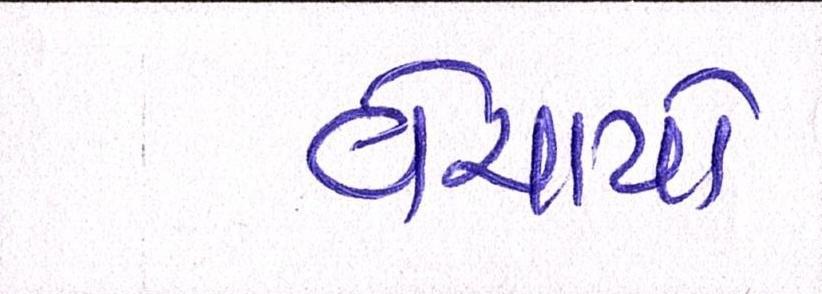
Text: વેચાયો